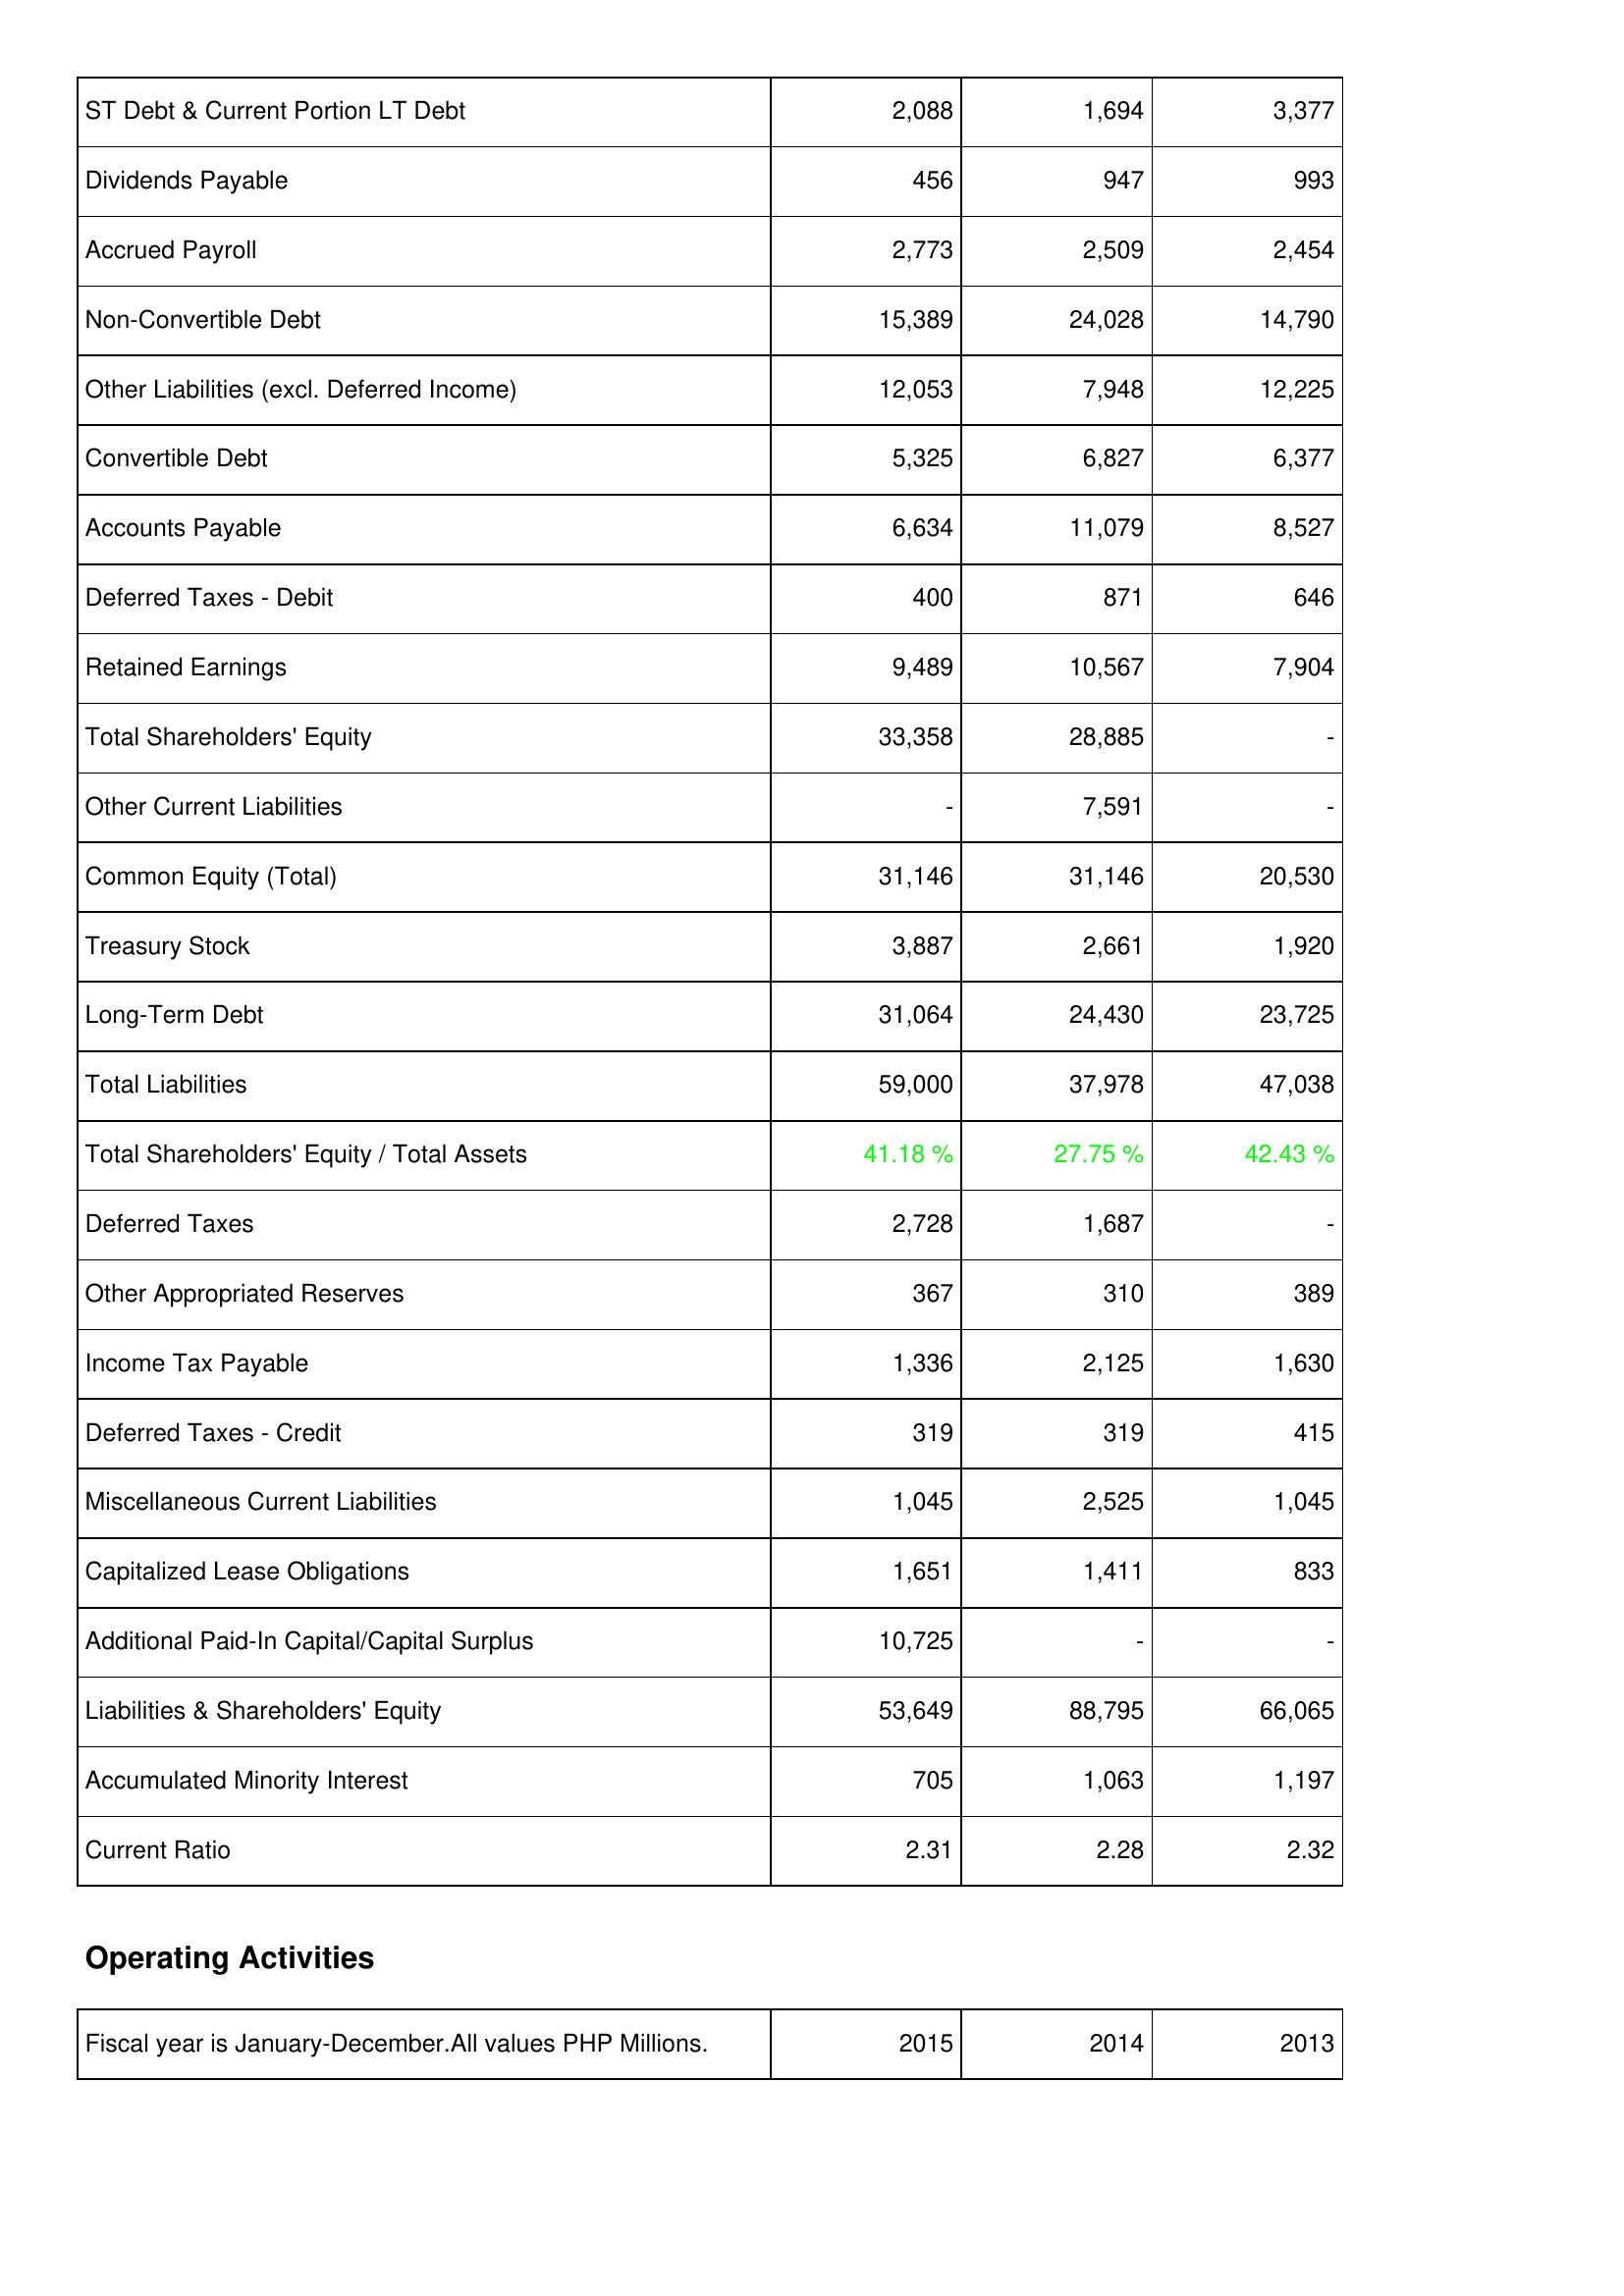
2015: Liabilities & Shareholders' Equity: ST Debt & Current Portion LT Debt: 2,088
Dividends Payable: 456
Accrued Payroll: 2,773
Non-Convertible Debt: 15,389
Other Liabilities (excl. Deferred Income): 12,053
Convertible Debt: 5,325
Accounts Payable: 6,634
Deferred Taxes - Debit: 400
Retained Earnings: 9,489
Total Shareholders' Equity: 33,358
Other Current Liabilities: -
Common Equity (Total): 31,146
Treasury Stock: 3,887
Long-Term Debt: 31,064
Total Liabilities: 59,000
Total Shareholders' Equity / Total Assets: 41.18 %
Deferred Taxes: 2,728
Other Appropriated Reserves: 367
Income Tax Payable: 1,336
Deferred Taxes - Credit: 319
Miscellaneous Current Liabilities: 1,045
Capitalized Lease Obligations: 1,651
Additional Paid-In Capital/Capital Surplus: 10,725
Liabilities & Shareholders' Equity: 53,649
Accumulated Minority Interest: 705
Current Ratio: 2.31
2014: Liabilities & Shareholders' Equity: ST Debt & Current Portion LT Debt: 1,694
Dividends Payable: 947
Accrued Payroll: 2,509
Non-Convertible Debt: 24,028
Other Liabilities (excl. Deferred Income): 7,948
Convertible Debt: 6,827
Accounts Payable: 11,079
Deferred Taxes - Debit: 871
Retained Earnings: 10,567
Total Shareholders' Equity: 28,885
Other Current Liabilities: 7,591
Common Equity (Total): 31,146
Treasury Stock: 2,661
Long-Term Debt: 24,430
Total Liabilities: 37,978
Total Shareholders' Equity / Total Assets: 27.75 %
Deferred Taxes: 1,687
Other Appropriated Reserves: 310
Income Tax Payable: 2,125
Deferred Taxes - Credit: 319
Miscellaneous Current Liabilities: 2,525
Capitalized Lease Obligations: 1,411
Additional Paid-In Capital/Capital Surplus: -
Liabilities & Shareholders' Equity: 88,795
Accumulated Minority Interest: 1,063
Current Ratio: 2.28
2013: Liabilities & Shareholders' Equity: ST Debt & Current Portion LT Debt: 3,377
Dividends Payable: 993
Accrued Payroll: 2,454
Non-Convertible Debt: 14,790
Other Liabilities (excl. Deferred Income): 12,225
Convertible Debt: 6,377
Accounts Payable: 8,527
Deferred Taxes - Debit: 646
Retained Earnings: 7,904
Total Shareholders' Equity: -
Other Current Liabilities: -
Common Equity (Total): 20,530
Treasury Stock: 1,920
Long-Term Debt: 23,725
Total Liabilities: 47,038
Total Shareholders' Equity / Total Assets: 42.43 %
Deferred Taxes: -
Other Appropriated Reserves: 389
Income Tax Payable: 1,630
Deferred Taxes - Credit: 415
Miscellaneous Current Liabilities: 1,045
Capitalized Lease Obligations: 833
Additional Paid-In Capital/Capital Surplus: -
Liabilities & Shareholders' Equity: 66,065
Accumulated Minority Interest: 1,197
Current Ratio: 2.32